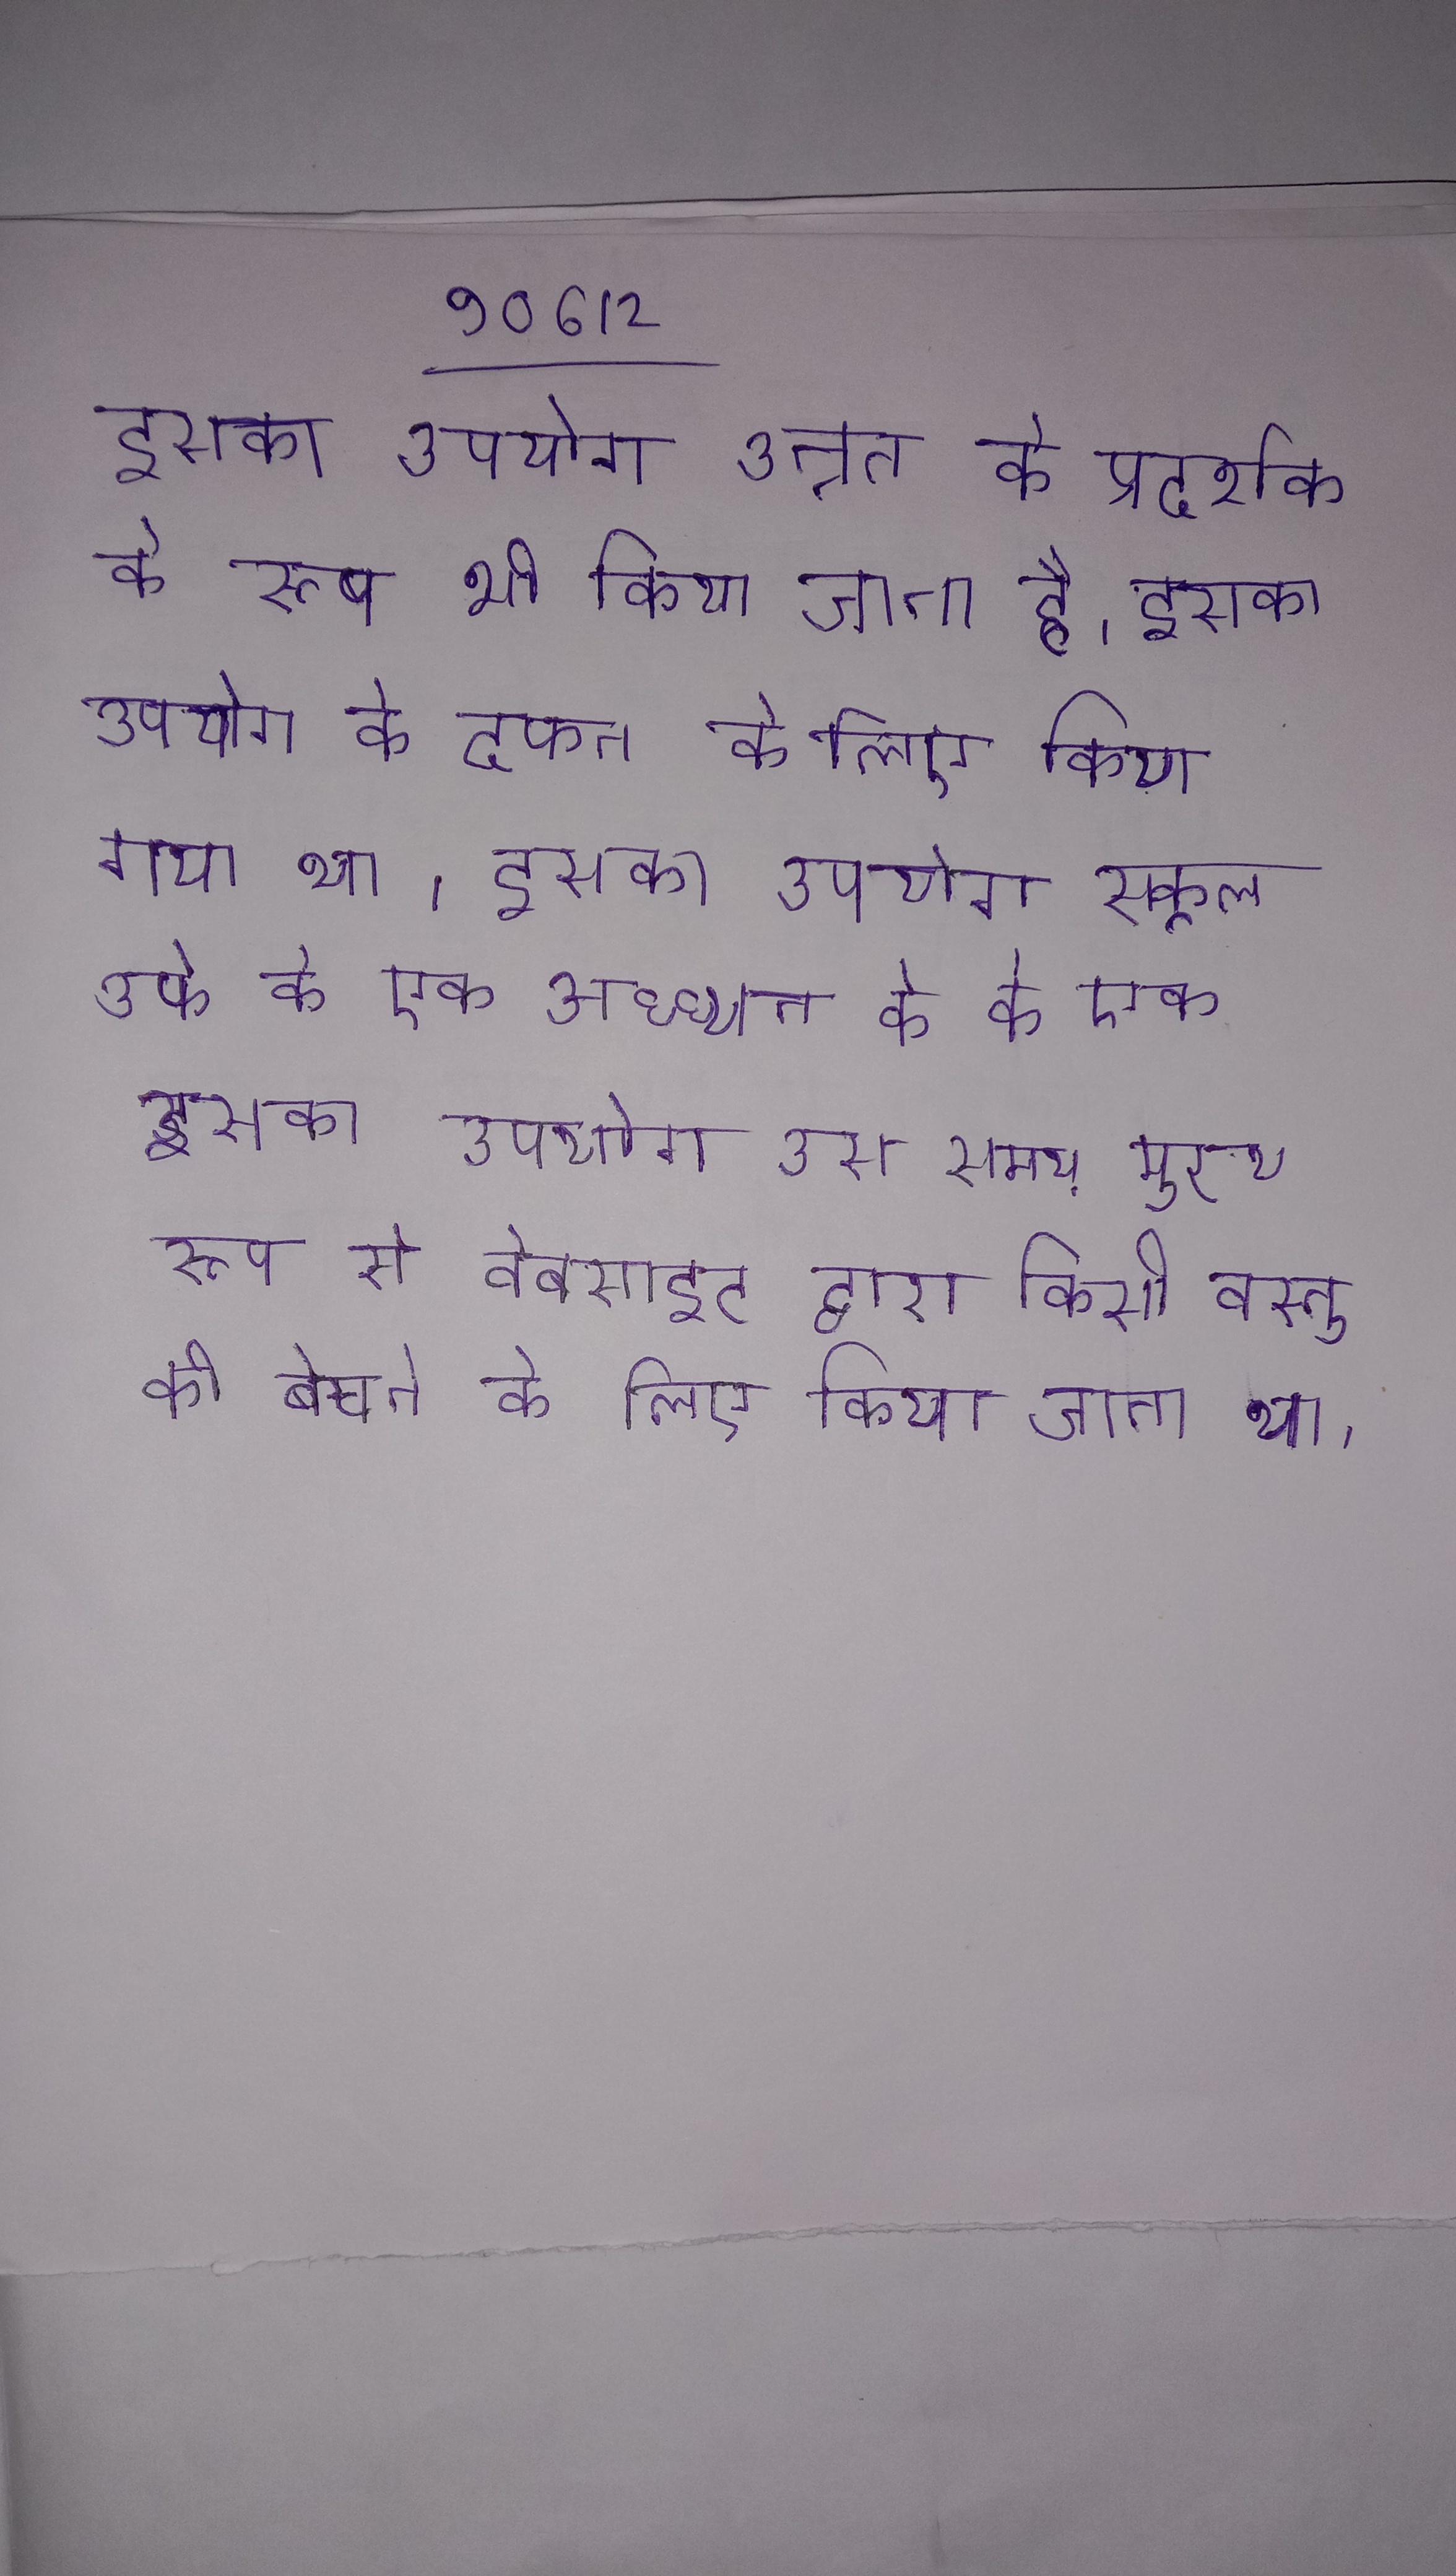
इसका उपयोग उन्नत के प्रदर्शक के रूप भी किया जाता है । इसका उपयोग के फिरौन रामसेस प्रथम के दफन के लिए किया गया था । इसका उपयोग स्कूल के के एक अध्ययन के किया था । इसका उपयोग उस समय मुख्य रूप से वेबसाइट द्वारा किसी वस्तु को बेचने के लिए किया जाता था ।